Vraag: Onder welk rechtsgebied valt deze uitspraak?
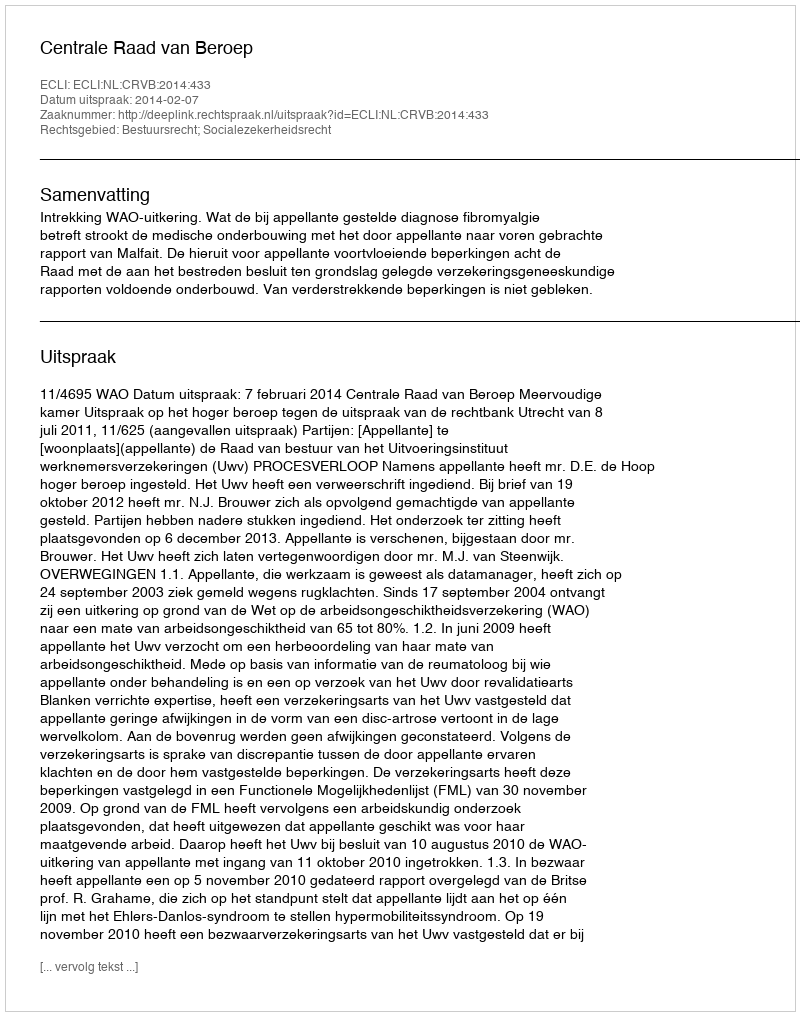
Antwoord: Bestuursrecht; Socialezekerheidsrecht